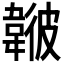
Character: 𩏃